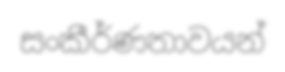
සංකීර්ණතාවයන්